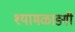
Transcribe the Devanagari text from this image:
श्यामळाङ्गी